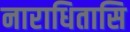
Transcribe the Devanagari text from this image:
नाराधितासि